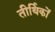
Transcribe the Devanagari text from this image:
तीर्थिकों